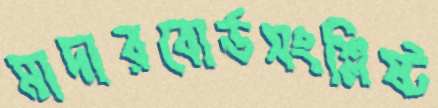
মাদারবোর্ডসংশ্লিষ্ট